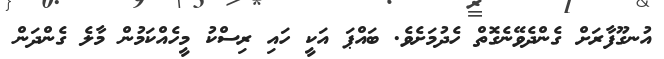
އުނގޫފާރަށް ގެންދެވޭނެގޮތް ހެދުމަށެވެ. ބައްޕަ އަކީ ހައި ރިސްކު މީހެއްކަމުން މާލެ ގެންދަން